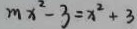
m x ^ { 2 } - 3 = x ^ { 2 } + 3